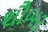
શૌબર